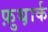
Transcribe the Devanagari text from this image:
फ़ुथ़ार्क